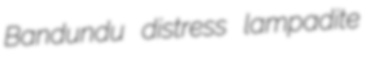
Bandundu distress lampadite